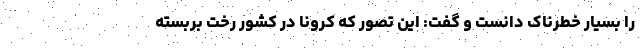
را بسیار خطرناک دانست و گفت: این تصور که کرونا در کشور رخت بربسته